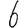
Digit: 6